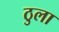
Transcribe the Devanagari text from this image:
ठुला